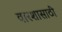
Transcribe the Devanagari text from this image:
वारशासाठी